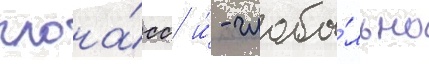
глона́сс и́ - глоба́льно